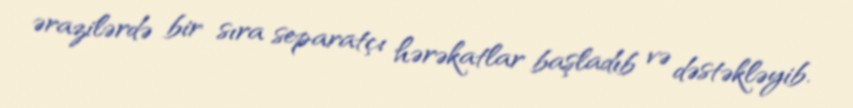
ərazilərdə bir sıra separatçı hərəkatlar başladıb və dəstəkləyib.